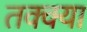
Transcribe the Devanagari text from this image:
तक्क्या